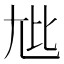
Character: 𫵏